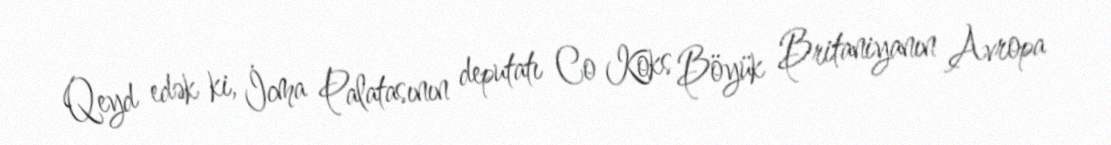
Qeyd edək ki, İcma Palatasının deputatı Co Koks Böyük Britaniyanın Avropa